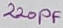
Text: 220PF